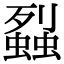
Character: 𧒈